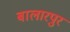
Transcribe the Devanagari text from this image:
बालारपुर